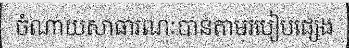
ចំណាយសាធារណៈបានតាមរបៀបផ្សេង